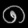
Digit: ၈